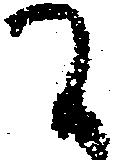
間